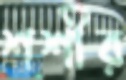
শশীর